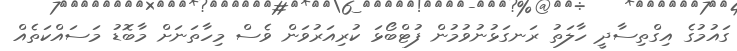
ގައުމުގެ އިގްތިސާދީ ހާލަތު ރަނގަޅުނުވުމުން ފުޓްބޯޅަ ކުރިއަރުވަން ވެސް މިހާތަނަށް މާބޮޑު މަސައްކަތެއް